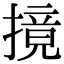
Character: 摬